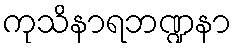
ကုသိနာရဘဏ္ဍနာ